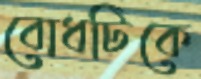
বোধটিকে